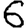
Digit: 6